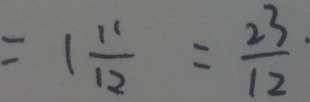
= 1 \frac { 1 1 } { 1 2 } = \frac { 2 3 } { 1 2 } .